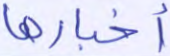
أخبارها